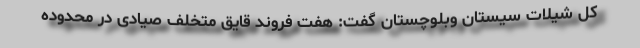
کل شیلات سیستان وبلوچستان گفت: هفت فروند قایق متخلف صیادی در محدوده